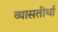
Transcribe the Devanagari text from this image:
व्यासतीर्था